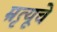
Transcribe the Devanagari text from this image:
म्रृत्यूचे